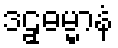
ဒဠှဓမ္မာနံ